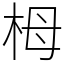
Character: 栂